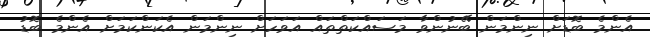
އެންމެ ބޮޑަށް ނިންމަން ބޭނުންވާ މަސައްކަތްތައް އަވަހަށް ނިންމަން އެކަންކަމަށް އެންމެ ބޮޑު